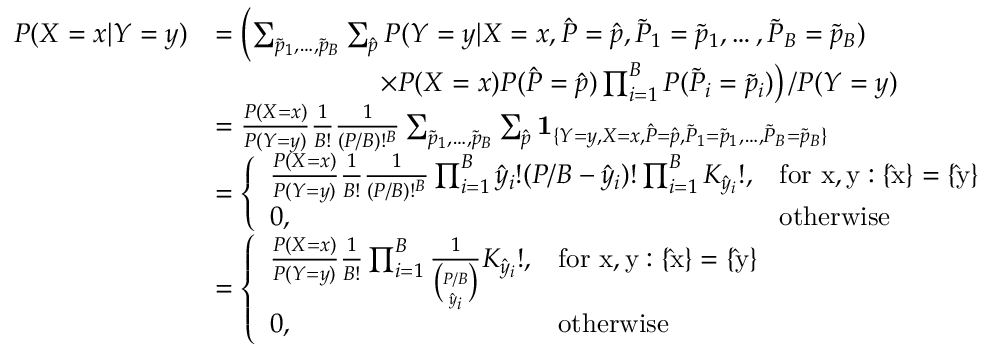
\begin{array} { r l } { P ( X = x | Y = y ) } & { = \left( \sum _ { \Tilde { p } _ { 1 } , \dots , \Tilde { p } _ { B } } \sum _ { \hat { p } } P ( Y = y | X = x , \hat { P } = \hat { p } , \Tilde { P } _ { 1 } = \Tilde { p } _ { 1 } , \dots , \Tilde { P } _ { B } = \Tilde { p } _ { B } ) \right. } \\ & { \qquad \qquad \qquad \left. \times P ( X = x ) P ( \hat { P } = \hat { p } ) \prod _ { i = 1 } ^ { B } P ( \Tilde { P } _ { i } = \Tilde { p } _ { i } ) \right) / P ( Y = y ) } \\ & { = \frac { P ( X = x ) } { P ( Y = y ) } \frac { 1 } { B ! } \frac { 1 } { ( P / B ) ! ^ { B } } \sum _ { \Tilde { p } _ { 1 } , \dots , \Tilde { p } _ { B } } \sum _ { \hat { p } } \mathbf { 1 } _ { \{ Y = y , X = x , \hat { P } = \hat { p } , \Tilde { P } _ { 1 } = \Tilde { p } _ { 1 } , \dots , \Tilde { P } _ { B } = \Tilde { p } _ { B } \} } } \\ & { = \left\{ \begin{array} { l l } { \frac { P ( X = x ) } { P ( Y = y ) } \frac { 1 } { B ! } \frac { 1 } { ( P / B ) ! ^ { B } } \prod _ { i = 1 } ^ { B } \hat { y } _ { i } ! ( P / B - \hat { y } _ { i } ) ! \prod _ { i = 1 } ^ { B } K _ { \hat { y } _ { i } } ! , } & { \mathrm { f o r ~ x , y : \{ \hat { x } \} = \{ \hat { y } \} ~ } } \\ { 0 , } & { \mathrm { o t h e r w i s e } } \end{array} \right. } \\ & { = \left\{ \begin{array} { l l } { \frac { P ( X = x ) } { P ( Y = y ) } \frac { 1 } { B ! } \prod _ { i = 1 } ^ { B } \frac { 1 } { \binom { P / B } { \hat { y } _ { i } } } K _ { \hat { y } _ { i } } ! , } & { \mathrm { f o r ~ x , y : \{ \hat { x } \} = \{ \hat { y } \} ~ } } \\ { 0 , } & { \mathrm { o t h e r w i s e } } \end{array} \right. } \end{array}